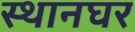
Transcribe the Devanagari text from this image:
स्थानघर